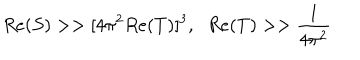
LaTeX: R e ( S ) > > [ 4 \pi ^ { 2 } R e ( T ) ] ^ { 3 } , \; \; R e ( T ) > > \frac { 1 } { 4 \pi ^ { 2 } }